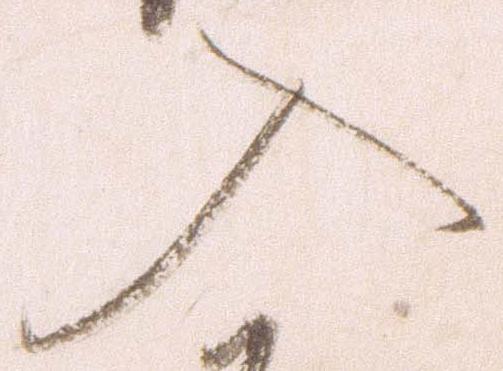
入